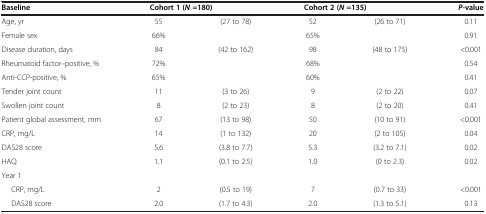
<table><thead><tr><td><b>Baseline</b></td><td colspan="2"><b>Cohort 1 (<i>N</i>=180)</b></td><td colspan="2"><b>Cohort 2 (<i>N</i>=135)</b></td><td><b><i>P</i>-value</b></td></tr></thead><tbody><tr><td>Age, yr</td><td>55</td><td>(27 to 78)</td><td>52</td><td>(26 to 71)</td><td>0.11</td></tr><tr><td>Female sex</td><td>66%</td><td></td><td>65%</td><td></td><td>0.91</td></tr><tr><td>Disease duration, days</td><td>84</td><td>(42 to 162)</td><td>98</td><td>(48 to 175)</td><td>&lt;0.001</td></tr><tr><td>Rheumatoid factor–positive, %</td><td>72%</td><td></td><td>68%</td><td></td><td>0.54</td></tr><tr><td>Anti-CCP-positive, %</td><td>65%</td><td></td><td>60%</td><td></td><td>0.41</td></tr><tr><td>Tender joint count</td><td>11</td><td>(3 to 26)</td><td>9</td><td>(2 to 22)</td><td>0.07</td></tr><tr><td>Swollen joint count</td><td>8</td><td>(2 to 23)</td><td>8</td><td>(2 to 20)</td><td>0.41</td></tr><tr><td>Patient global assessment, mm</td><td>67</td><td>(13 to 98)</td><td>50</td><td>(10 to 91)</td><td>&lt;0.001</td></tr><tr><td>CRP, mg/L</td><td>14</td><td>(1 to 132)</td><td>20</td><td>(2 to 105)</td><td>0.04</td></tr><tr><td>DAS28 score</td><td>5.6</td><td>(3.8 to 7.7)</td><td>5.3</td><td>(3.2 to 7.1)</td><td>0.02</td></tr><tr><td>HAQ</td><td>1.1</td><td>(0.1 to 2.5)</td><td>1.0</td><td>(0 to 2.3)</td><td>0.02</td></tr><tr><td>Year 1</td><td></td><td></td><td></td><td></td><td></td></tr><tr><td>CRP, mg/L</td><td>2</td><td>(0.5 to 19)</td><td>7</td><td>(0.7 to 33)</td><td>&lt;0.001</td></tr><tr><td>DAS28 score</td><td>2.0</td><td>(1.7 to 4.3)</td><td>2.0</td><td>(1.3 to 5.1)</td><td>0.13</td></tr></tbody></table>